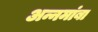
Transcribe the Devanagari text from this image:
अन्नमांबा